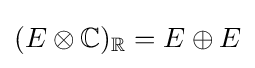
(E\otimes \mathbb {C} )_{\mathbb {R} }=E\oplus E